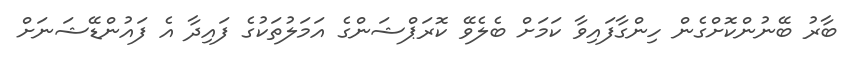
ބާރު ބޭނުންކޮށްގެން ހިންގާފައިވާ ކަމަށް ބެލެވޭ ކޮރަޕްޝަންގެ އަމަލުތަކުގެ ފައިދާ އެ ފައުންޑޭޝަނަށް